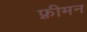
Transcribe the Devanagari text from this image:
फ़्रीमन